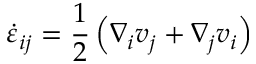
\dot { \varepsilon } _ { i j } = \frac { 1 } { 2 } \left( \nabla _ { i } v _ { j } + \nabla _ { j } v _ { i } \right)